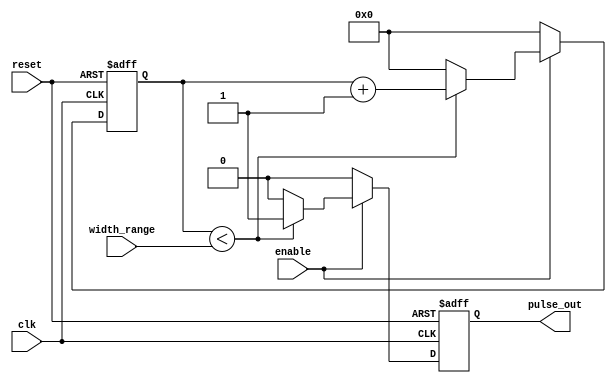
module pulse_width_generator (
    input wire clk,     // clock signal
    input wire reset,   // reset signal
    input wire enable,  // enable signal
    input wire [7:0] width_range, // range of pulse widths
    
    output reg pulse_out // output pulse signal
);

reg [7:0] width_counter; // counter for pulse width generation

always @(posedge clk or posedge reset) begin
    if (reset) begin
        width_counter <= 0;
        pulse_out <= 0;
    end else begin
        if (enable) begin
            if (width_counter < width_range) begin
                pulse_out <= 1;
                width_counter <= width_counter + 1;
            end else begin
                pulse_out <= 0;
                width_counter <= 0;
            end
        end else begin
            pulse_out <= 0;
            width_counter <= 0;
        end
    end
end

endmodule